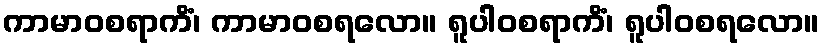
ကာမာဝစရာကိံ၊ ကာမာဝစရလော။ ရူပါဝစရာကိံ၊ ရူပါဝစရလော။